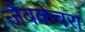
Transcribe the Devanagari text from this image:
जैवकचरा